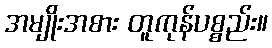
အမျိုးအစား တူကုန်ပစ္စည်း။